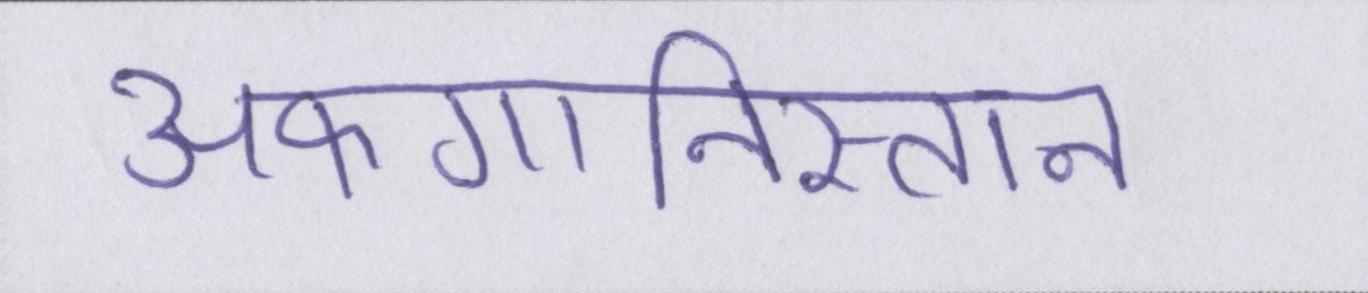
अफगानिस्तान